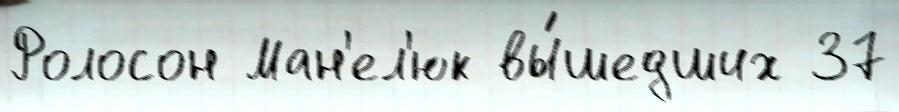
Ролосон Ман'ел'юк вы́шедших 37